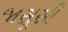
જાસૂસી